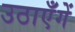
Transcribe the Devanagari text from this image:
उठाएँगें